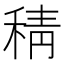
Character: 𮃇